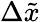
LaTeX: \Delta\tilde{x}